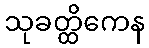
သုခတ္ထိကေန